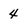
Character: 4